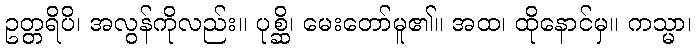
ဥတ္တရိပိ၊ အလွန်ကိုလည်း။ ပုစ္ဆိ၊ မေးတော်မူ၏။ အထ၊ ထိုနောင်မှ။ ကသ္မာ၊